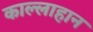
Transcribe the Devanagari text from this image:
काल्लाहान